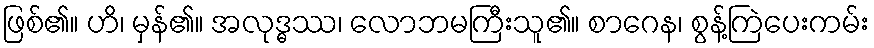
ဖြစ်၏။ ဟိ၊ မှန်၏။ အလုဒ္ဓဿ၊ လောဘမကြီးသူ၏။ စာဂေန၊ စွန့်ကြဲပေးကမ်း